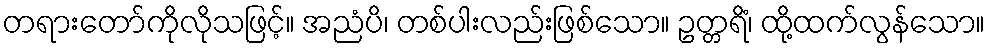
တရားတော်ကိုလိုသဖြင့်။ အညံပိ၊ တစ်ပါးလည်းဖြစ်သော။ ဥတ္တရိံ၊ ထို့ထက်လွန်သော။